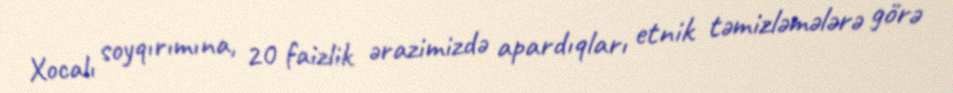
Xocalı soyqırımına, 20 faizlik ərazimizdə apardıqları etnik təmizləmələrə görə